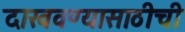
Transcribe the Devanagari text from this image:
दाखवण्यासाठीची